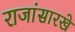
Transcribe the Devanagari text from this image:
राजांसारखे